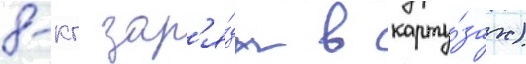
8-кг зар'я́ды в карту́зах)